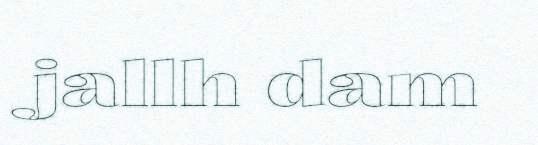
jallh dam